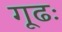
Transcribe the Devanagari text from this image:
गूढः